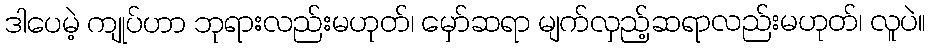
ဒါပေမဲ့ ကျုပ်ဟာ ဘုရားလည်းမဟုတ်၊ မှော်ဆရာ မျက်လှည့်ဆရာလည်းမဟုတ်၊ လူပဲ။